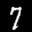
Label: 7